Annual report of the Prince of Wales Medical College, Patna
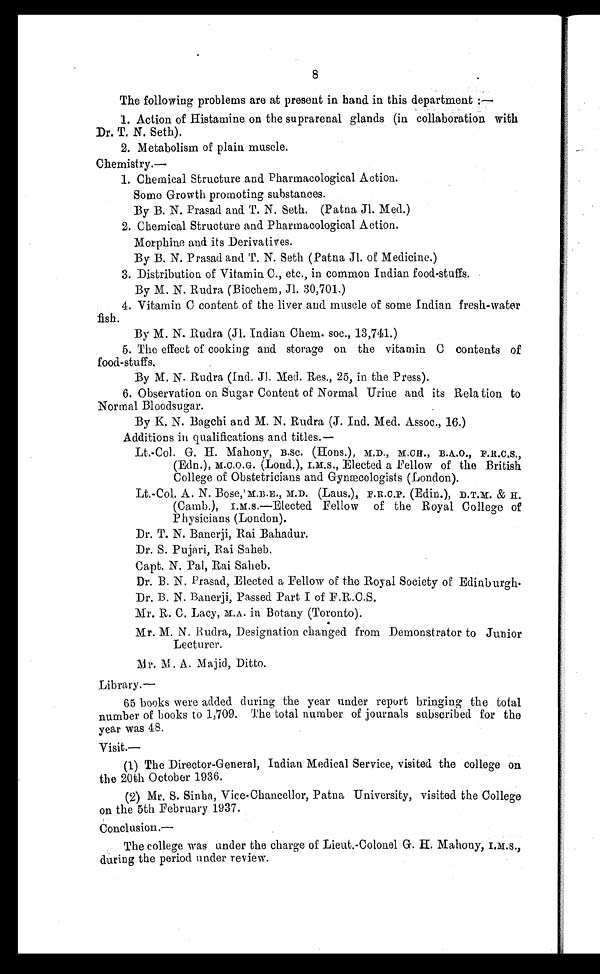
8
The following problems are at present in hand in this department :—
1. Action of Histamine on the suprarenal glands (in collaboration with
Dr. T. N. Seth).
2. Metabolism of plain muscle.
Chemistry.—
1. Chemical Structure and Pharmacological Action.
Some Growth promoting substances.
By B. N. Prasad and T. N. Seth. (Patna Jl. Med.)
2. Chemical Structure and Pharmacological Action.
Morphine and its Derivatives.
By B. N. Prasad and T. N. Seth (Patna Jl. of Medicine.)
3. Distribution of Vitamin C., etc., in common Indian food-stuffs.
By M. N. Rudra (Biochem, Jl. 30,701.)
4. Vitamin C content of the liver and muscle of some Indian fresh-water
fish.
By M. N. Rudra (Jl. Indian Chem. soc., 13,741.)
5. The effect of cooking and storage on the vitamin C contents of
food-stuffs.
By M. N. Rudra (Ind. JI. Med. Res, 25, in the Press).
6. Observation on Sugar Content of Normal Urine and its Relation to
Normal Bloodsugar.
By K. N. Bagchi and M. N. Rudra (J. Ind. Med. Assoc., 16.)
Additions in qualifications and titles.
—
Lt.-Col. G. H. Mahony, B.SC. (Hons.), M.D., M.CH., B.A.O., F.R.C.S.,
(Edn.), M.C.O.G. ( Lond. ) , I . M. S. , El ect ed a Fel l ow of t he Br i t i sh
College of Obstetricians and Gynæcologists (London).
Lt.-Col. A. N. Bose, M.B.E., M.D. (Laus.), F.R.C.P. (Edin.), D.T.M. & H.
(Camb.), I.M.S.—Elected Fellow of the Royal College of
Physicians (London).
Dr. T. N. Banerji, Rai Bahadur.
Dr. S. Pujari, Rai Saheb.
Capt. N. Pal, Rai Saheb.
Dr. B. N. Prasad, Elected a Fellow of the Royal Society of Edinburgh
.
Dr. B. N. Banerji, Passed Part I of F.R.C.S.
Mr. R. C. Lacy, M.A. in Botany (Toronto).
Mr. M. N. Rudra, Designation changed from Demonstrator to Junior
Lecturer.
Mr. M. A. Majid, Ditto.
Library.—
65 books were added during the year under report bringing the total
number of books to 1,709. The total number of journals subscribed for the
year was 48.
Visit.—
(1) The Director-General, Indian Medical Service, visited the college on
the 20th October 1936.
(2) Mr. S. Sinha, Vice-Chancellor, Patna University, visited the College
on the 5th February 1937.
Conclusion.
—
The college was under the charge of Lieut.-Colonel G. H. Mahony,
I.M.S., during the period under review.